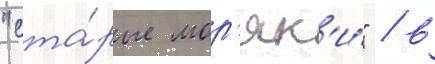
"ста́рые мор'як'и́" / в